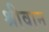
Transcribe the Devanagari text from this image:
श्रीवान